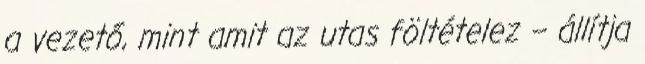
a vezető, mint amit az utas föltételez – állítja